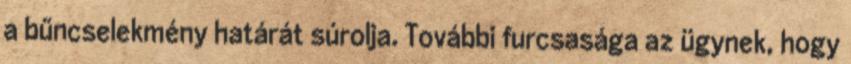
a bűncselekmény határát súrolja. További furcsasága az ügynek, hogy